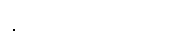
နှာဆေး ပေးခြင်း၊ ၉။